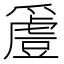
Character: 𬋵